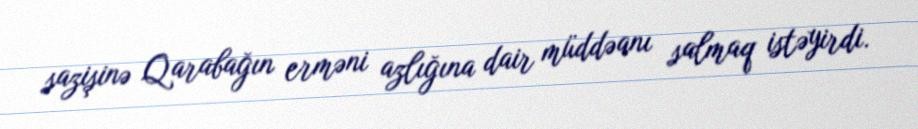
sazişinə Qarabağın erməni azlığına dair müddəanı salmaq istəyirdi.